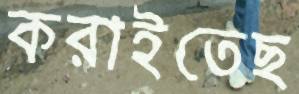
করাইতেছ